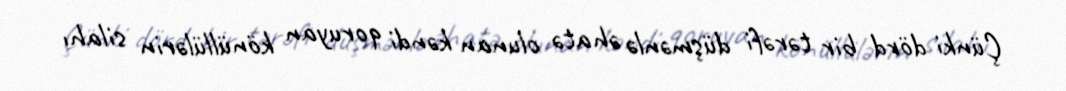
Çünki dörd bir tərəfi düşmənlə əhatə olunan kəndi qoruyan könüllülərin silahı